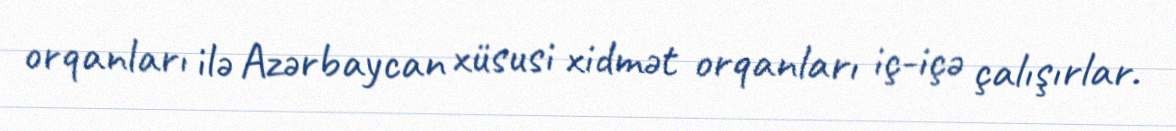
orqanları ilə Azərbaycan xüsusi xidmət orqanları iç-içə çalışırlar.